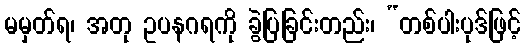
မမှတ်ရ၊ အတု ဥပနဂရကို ခွဲပြခြင်းတည်း၊ “တစ်ပါးပုဒ်ဖြင့်